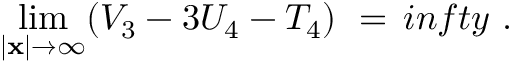
\operatorname * { l i m } _ { \vert { \bf x } \vert \rightarrow \infty } ( V _ { 3 } - 3 U _ { 4 } - T _ { 4 } ) \ = \, i n f t y \ .